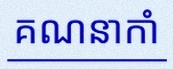
គណនាកាំ